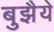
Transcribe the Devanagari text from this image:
बुझैये